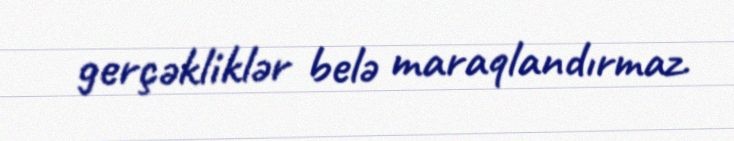
gerçəkliklər belə maraqlandırmaz.